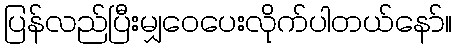
ပြန်လည်ပြီးမျှဝေပေးလိုက်ပါတယ်နော်။